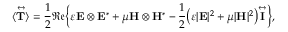
\langle \overset \leftrightarrow { \mathbf { T } } \rangle = \frac { 1 } { 2 } \mathfrak { R e } \bigg \{ \varepsilon \mathbf { E } \otimes \mathbf { E } ^ { * } + \mu \mathbf { H } \otimes \mathbf { H } ^ { * } - \frac { 1 } { 2 } \big ( \varepsilon | \mathbf { E } | ^ { 2 } + \mu | \mathbf { H } | ^ { 2 } \big ) \overset \leftrightarrow { \mathbf { I } } \bigg \} ,